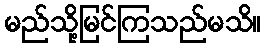
မည်သို့မြင်ကြသည်မသိ။